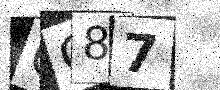
Text: GC87